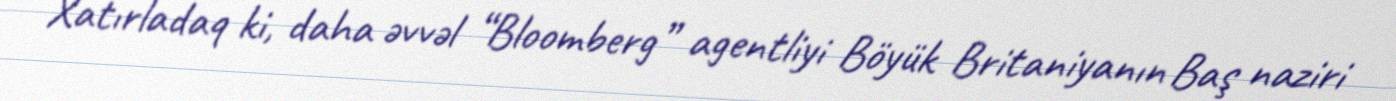
Xatırladaq ki, daha əvvəl “Bloomberg” agentliyi Böyük Britaniyanın Baş naziri